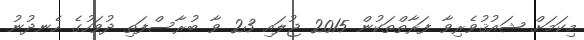
މިކަމަށް ޝައުޤުވެރިވާ ފަރާތްތަކުން 2015 ޖުލައި 23 ވާ ބުރާސްފަތި ދުވަހުގެ ހެނދުނު